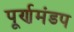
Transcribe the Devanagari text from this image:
पूर्णमंडप